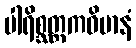
ပါရိစ္ဆတ္တကဝိမာနံ